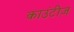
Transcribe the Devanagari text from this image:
काउंटीज़